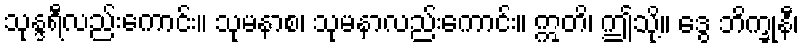
သုန္ဒရီလည်းကောင်း။ သုမနာစ၊ သုမနာလည်းကောင်း။ ဣတိ၊ ဤသို့။ ဒွေ ဘိက္ခုနီ၊